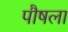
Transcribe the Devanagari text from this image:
पौषला